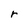
Character: r